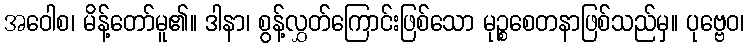
အဝေါစ၊ မိန့်တော်မူ၏။ ဒါနာ၊ စွန့်လွှတ်ကြောင်းဖြစ်သော မုဉ္စစေတနာဖြစ်သည်မှ။ ပုဗ္ဗေဝ၊